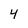
Character: 4